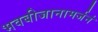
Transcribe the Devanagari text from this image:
भवबीजानामर्जनं